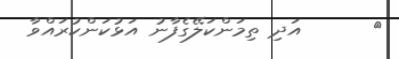
٥      އަދި ތިމަންކަލޭގެފާނު އަޅުކަންކުރައްވާ